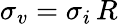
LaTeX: \sigma_{v}=\sigma_{i}\, R